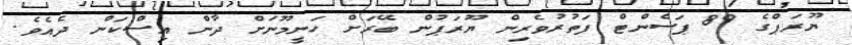
ޔޫރަޕްގެ 89 ޕަސެންޓް ފަތުރުވެރިން ޔޫރަޕުން ބޭރަށް ހަނީމޫނަށް ދާން އިސްކަން ދެއެވެ.